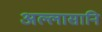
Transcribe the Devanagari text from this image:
अल्लासानि